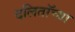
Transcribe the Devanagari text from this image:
दलिताॅच्या